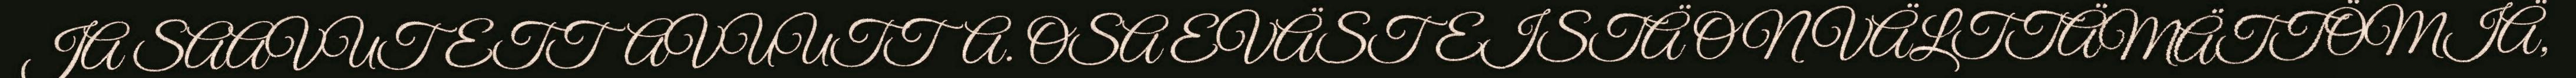
JA SAAVUTETTAVUUTTA. OSA EVÄSTEISTÄ ON VÄLTTÄMÄTTÖMIÄ,